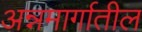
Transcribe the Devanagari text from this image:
अन्नमार्गातील